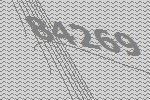
84269